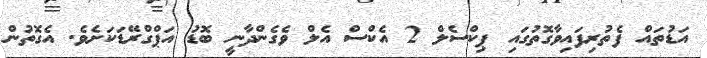
އަޑުތައް ފެތުރިފައިވާގޮތުގައި ޕިކްސެލް 2 އެކްސް އެލް ވެގެންދާނީ ބޮޑު އަޕްގްރޭޑަކަށެވެ. އެގޮތުން